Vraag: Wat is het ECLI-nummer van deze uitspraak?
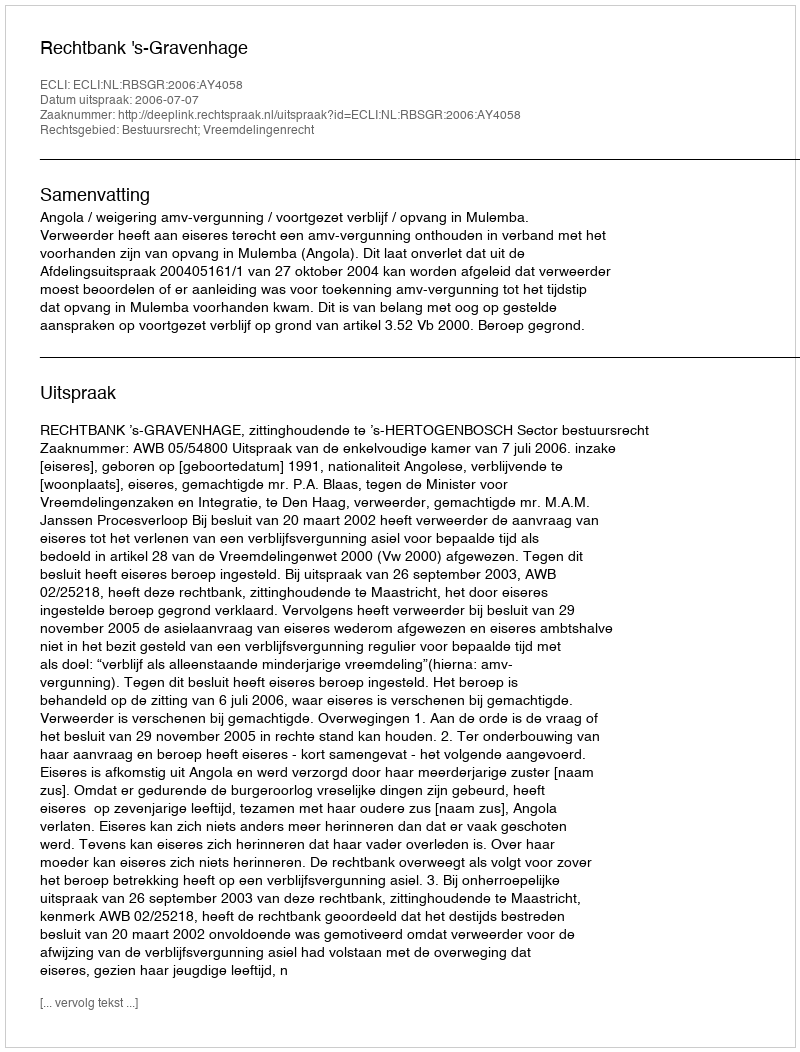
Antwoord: ECLI:NL:RBSGR:2006:AY4058